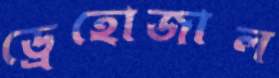
ড্রেহোজাল